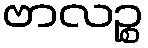
ဗာလဉ္စ